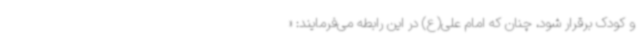
و کودک برقرار شود، چنان که امام علی(ع) در این رابطه می‌فرمایند: «